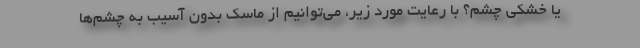
یا خشکی چشم؟ با رعایت مورد زیر، می‌توانیم از ماسک بدون آسیب به چشم‌ها